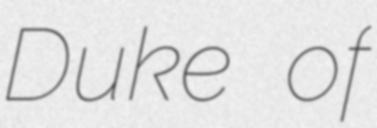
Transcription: Duke of